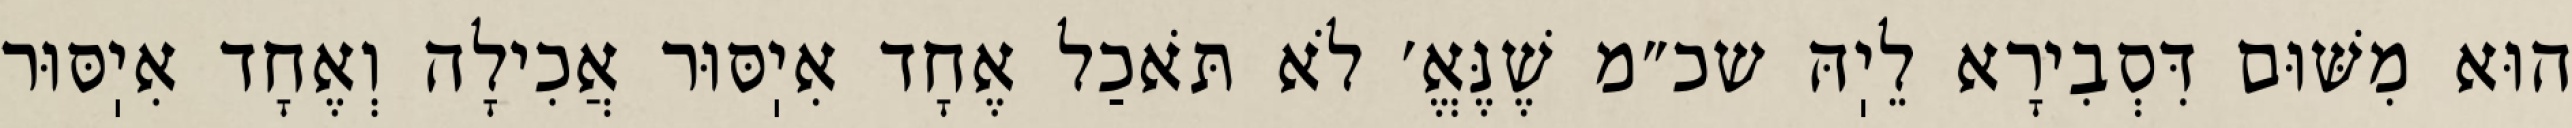
הוּא מִשּׁוּם דִּסְבִירָא לֵיֽהּ שכ״מ שֶׁנֶּאֱ׳ לֹא תֹּאכַל אֶחָד אִיֽסּוּר אֲכִילָה וְאֶחָד אִיֽסּוּר